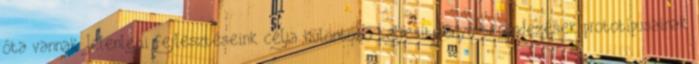
óta vannak. Jelenlegi fejlesztéseink célja különbözô teljesítményû berendezések prototípusainak